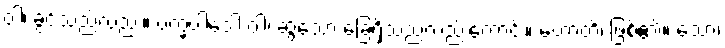
ဝါ၊ ခွင်သည်လည်း။ ပက္ခပါဒေါ ဝါ၊ ဆွံ့သော ခြေရှိသည်လည်းကောင်း။ ဟောတိ၊ ဖြစ်၏။ သော၊